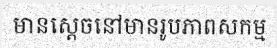
មានស្តេចនៅមានរូបភាពសកម្ម